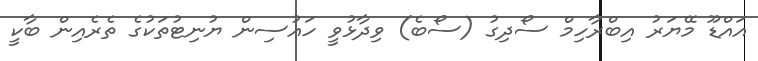
އައްޑޫ މޭޔަރު އިބްރާހިމް ސޯދިގު (ސޯބެ) ވިދާޅުވީ ހައުސިން ޔުނިޓުތަކުގެ ތެރެއިން ބާކީ